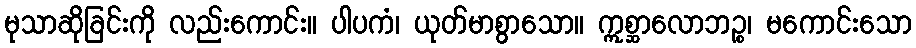
မုသာဆိုခြင်းကို လည်းကောင်း။ ပါပကံ၊ ယုတ်မာစွာသော။ ဣစ္ဆာလောဘဉ္စ၊ မကောင်းသော